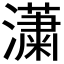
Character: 𤂣